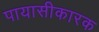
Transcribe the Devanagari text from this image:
पायासीकारक